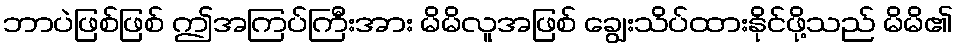
ဘာပဲဖြစ်ဖြစ် ဤအကြပ်ကြီးအား မိမိလူအဖြစ် ချွေးသိပ်ထားနိုင်ဖို့သည် မိမိ၏